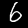
Label: 6